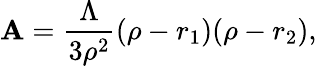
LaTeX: \mathbf{A}=\frac{{\Lambda}}{{3\rho^{2}}}(\rho-r_{1})(\rho-r_{2}),